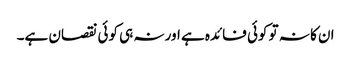
ان کا نہ تو کوئی فائدہ ہے اور نہ ہی کوئی نقصان ہے۔